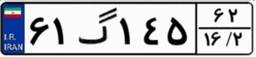
۶۱گ۱۴۵۶۲